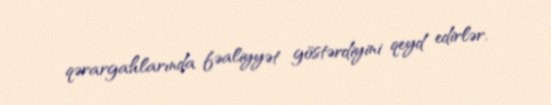
qərargahlarında fəaliyyət göstərdiyini qeyd edirlər.